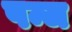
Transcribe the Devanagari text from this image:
पन्ज